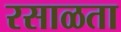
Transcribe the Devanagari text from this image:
रसाळता